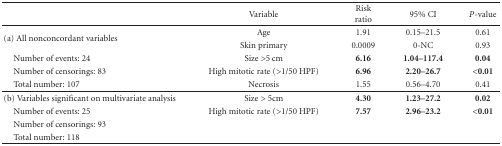
<table><thead><tr><td></td><td><b>Variable</b></td><td><b>Risk ratio</b></td><td><b>95% CI</b></td><td><b><i>P</i>-value</b></td></tr></thead><tbody><tr><td rowspan="2">(a) All nonconcordant variables</td><td>Age</td><td>1.91</td><td>0.15–21.5</td><td>0.61</td></tr><tr><td>Skin primary</td><td>0.0009</td><td>0-NC</td><td>0.93</td></tr><tr><td> Number of events: 24</td><td>Size &gt;5 cm</td><td><b>6.16</b></td><td><b>1.04–117.4</b></td><td><b>0.04</b></td></tr><tr><td> Number of censorings: 83</td><td>High mitotic rate (&gt;1/50 HPF)</td><td><b>6.96</b></td><td><b>2.20–26.7</b></td><td><b>&lt;0.01</b></td></tr><tr><td> Total number: 107</td><td>Necrosis</td><td>1.55</td><td>0.56–4.70</td><td>0.41</td></tr><tr><td>(b) Variables significant on multivariate analysis</td><td>Size &gt; 5cm</td><td><b>4.30</b></td><td><b>1.23–27.2</b></td><td><b>0.02</b></td></tr><tr><td> Number of events: 25</td><td>High mitotic rate (&gt;1/50 HPF)</td><td><b>7.57</b></td><td><b>2.96–23.2</b></td><td><b>&lt;0.01</b></td></tr><tr><td> Number of censorings: 93</td><td></td><td></td><td></td><td></td></tr><tr><td> Total number: 118</td><td></td><td></td><td></td><td></td></tr></tbody></table>